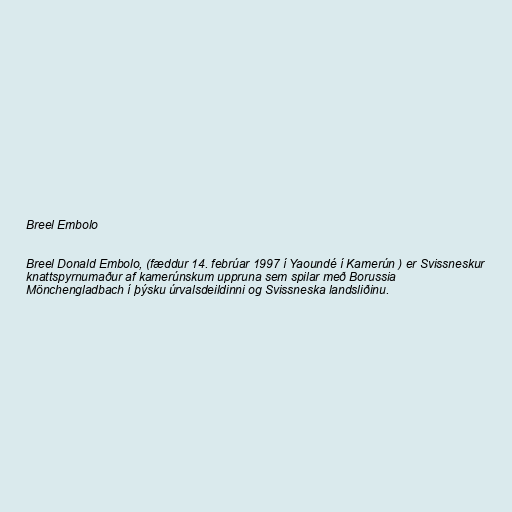
Breel Embolo

Breel Donald Embolo, (fæddur 14. febrúar 1997 í Yaoundé í Kamerún ) er Svissneskur
knattspyrnumaður af kamerúnskum uppruna sem spilar með Borussia
Mönchengladbach í þýsku úrvalsdeildinni og Svissneska landsliðinu.